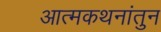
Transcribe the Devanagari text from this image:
आत्मकथनांतुन